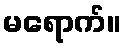
မရောက်။